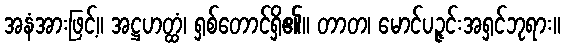
အနံအားဖြင့်။ အဋ္ဌဟတ္ထံ၊ ရှစ်တောင်ရှိ၏။ တာတ၊ မောင်ပဉ္ဇင်းအရှင်ဘုရား။